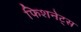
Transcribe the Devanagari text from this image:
फिशनेट्स